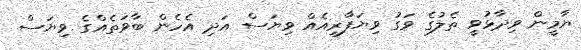
ޔާމީން ވިދާޅުވީ ތެލުގެ ވަގު ވިޔަފާރިއެއް ވިޔަސް އަދި އެހެން ބާވަތެއްގެ ވިޔަސް